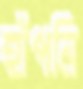
হাঁপনি